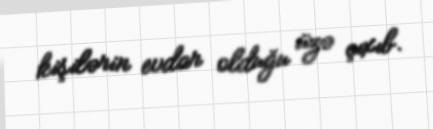
kişilərin evdar olduğu üzə çıxıb.